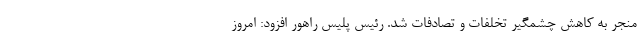
منجر به کاهش چشمگیر تخلفات و تصادفات شد. رئیس پلیس راهور افزود: امروز